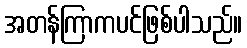
အတန်ကြာကပင်ဖြစ်ပါသည်။